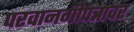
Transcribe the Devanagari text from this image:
परवानगीपत्रावर